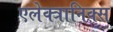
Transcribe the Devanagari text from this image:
एलेक्त्रानिक्स